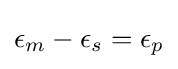
\epsilon _{m}-\epsilon _{s}=\epsilon _{p}